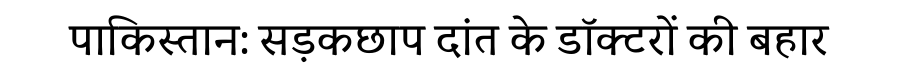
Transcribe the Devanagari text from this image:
पाकिस्तान: सड़कछाप दांत के डॉक्टरों की बहार